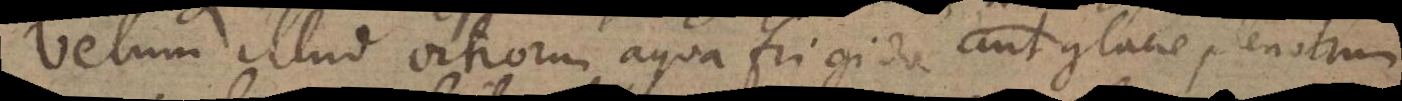
Velum illud vitrorum aqua frigida aut glacie plenorum